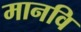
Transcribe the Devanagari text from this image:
मानवि